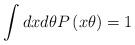
LaTeX: \begin{align*}\int dxd\theta P\left( x\theta\right) =1 \end{align*}